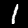
Digit: 1